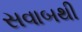
સવાબથી